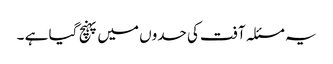
یہ مسئلہ آفت کی حدوں میں پہنچ گیا ہے ۔